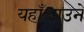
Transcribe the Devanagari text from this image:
यहाँआउने